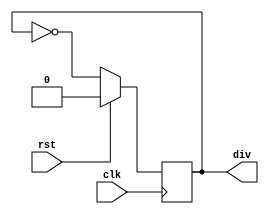
module div_by_2(input clk, rst,
                output div);
  
  reg Q;
  
  always @ (posedge clk) begin
    if (rst)
      Q <= 1'b0;
    else
      Q <= ~Q;
  end
  
  assign div = Q;
  
endmodule